King Institute of Preventive Medicine Micro-Biological Section reports 1909-11
Year: 1909
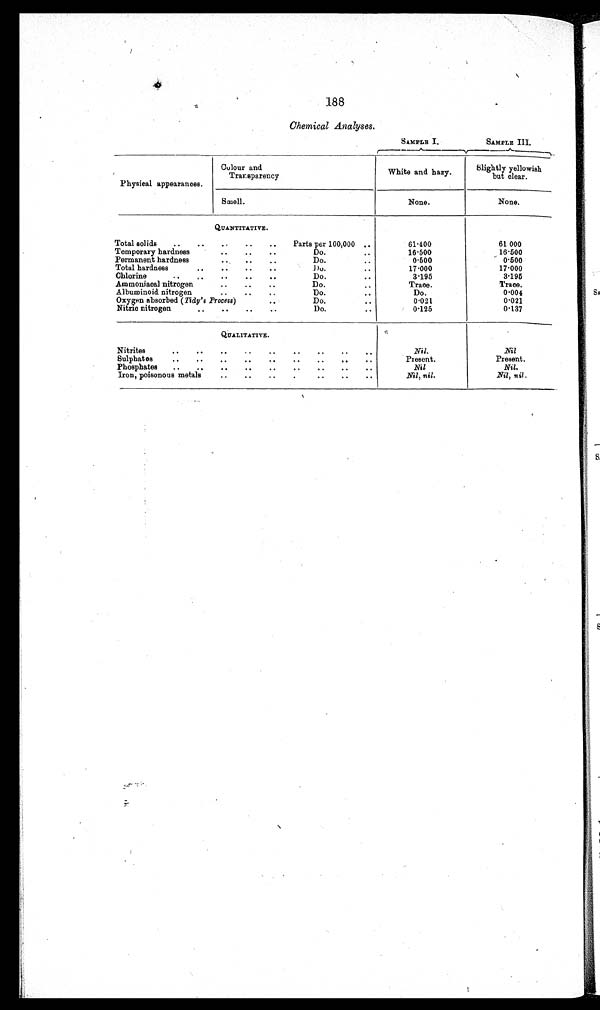
188
Chemical Analyses.
Physical appearances.
Colour and
Transparency
SAMPLE I.
SAMPLE III.
White and hazy.
Slightly yellowish
but clear.
Smell.
None.
None.
QUANTITATIVE.
Total solids
Parts per 100,000
61·400
61·000
Temporary hardness
Do.
16·500
16·500
Permanent hardness
Do.
0·500
0·500
Total hardness
Do.
17·000
17·000
Chlorine
Do.
3·195
3·195
Ammoniacal nitrogen
Do.
Trace.
Trace.
Albuminoid nitrogen
Do.
Do.
0.004
Oxygen absorbed ( Tidy' s Process )
Do.
0·021
0·021
Nitric nitrogen
Do.
0·125
0·137
QUALITATIVE.
Nitrites
Nil.
Nil
Sulphates
Present.
Present.
Phosphates
Nil
Nil.
Iron, poisonous metals
Nil, nil.
Nil, nil.